Riigikantselei, lk 305
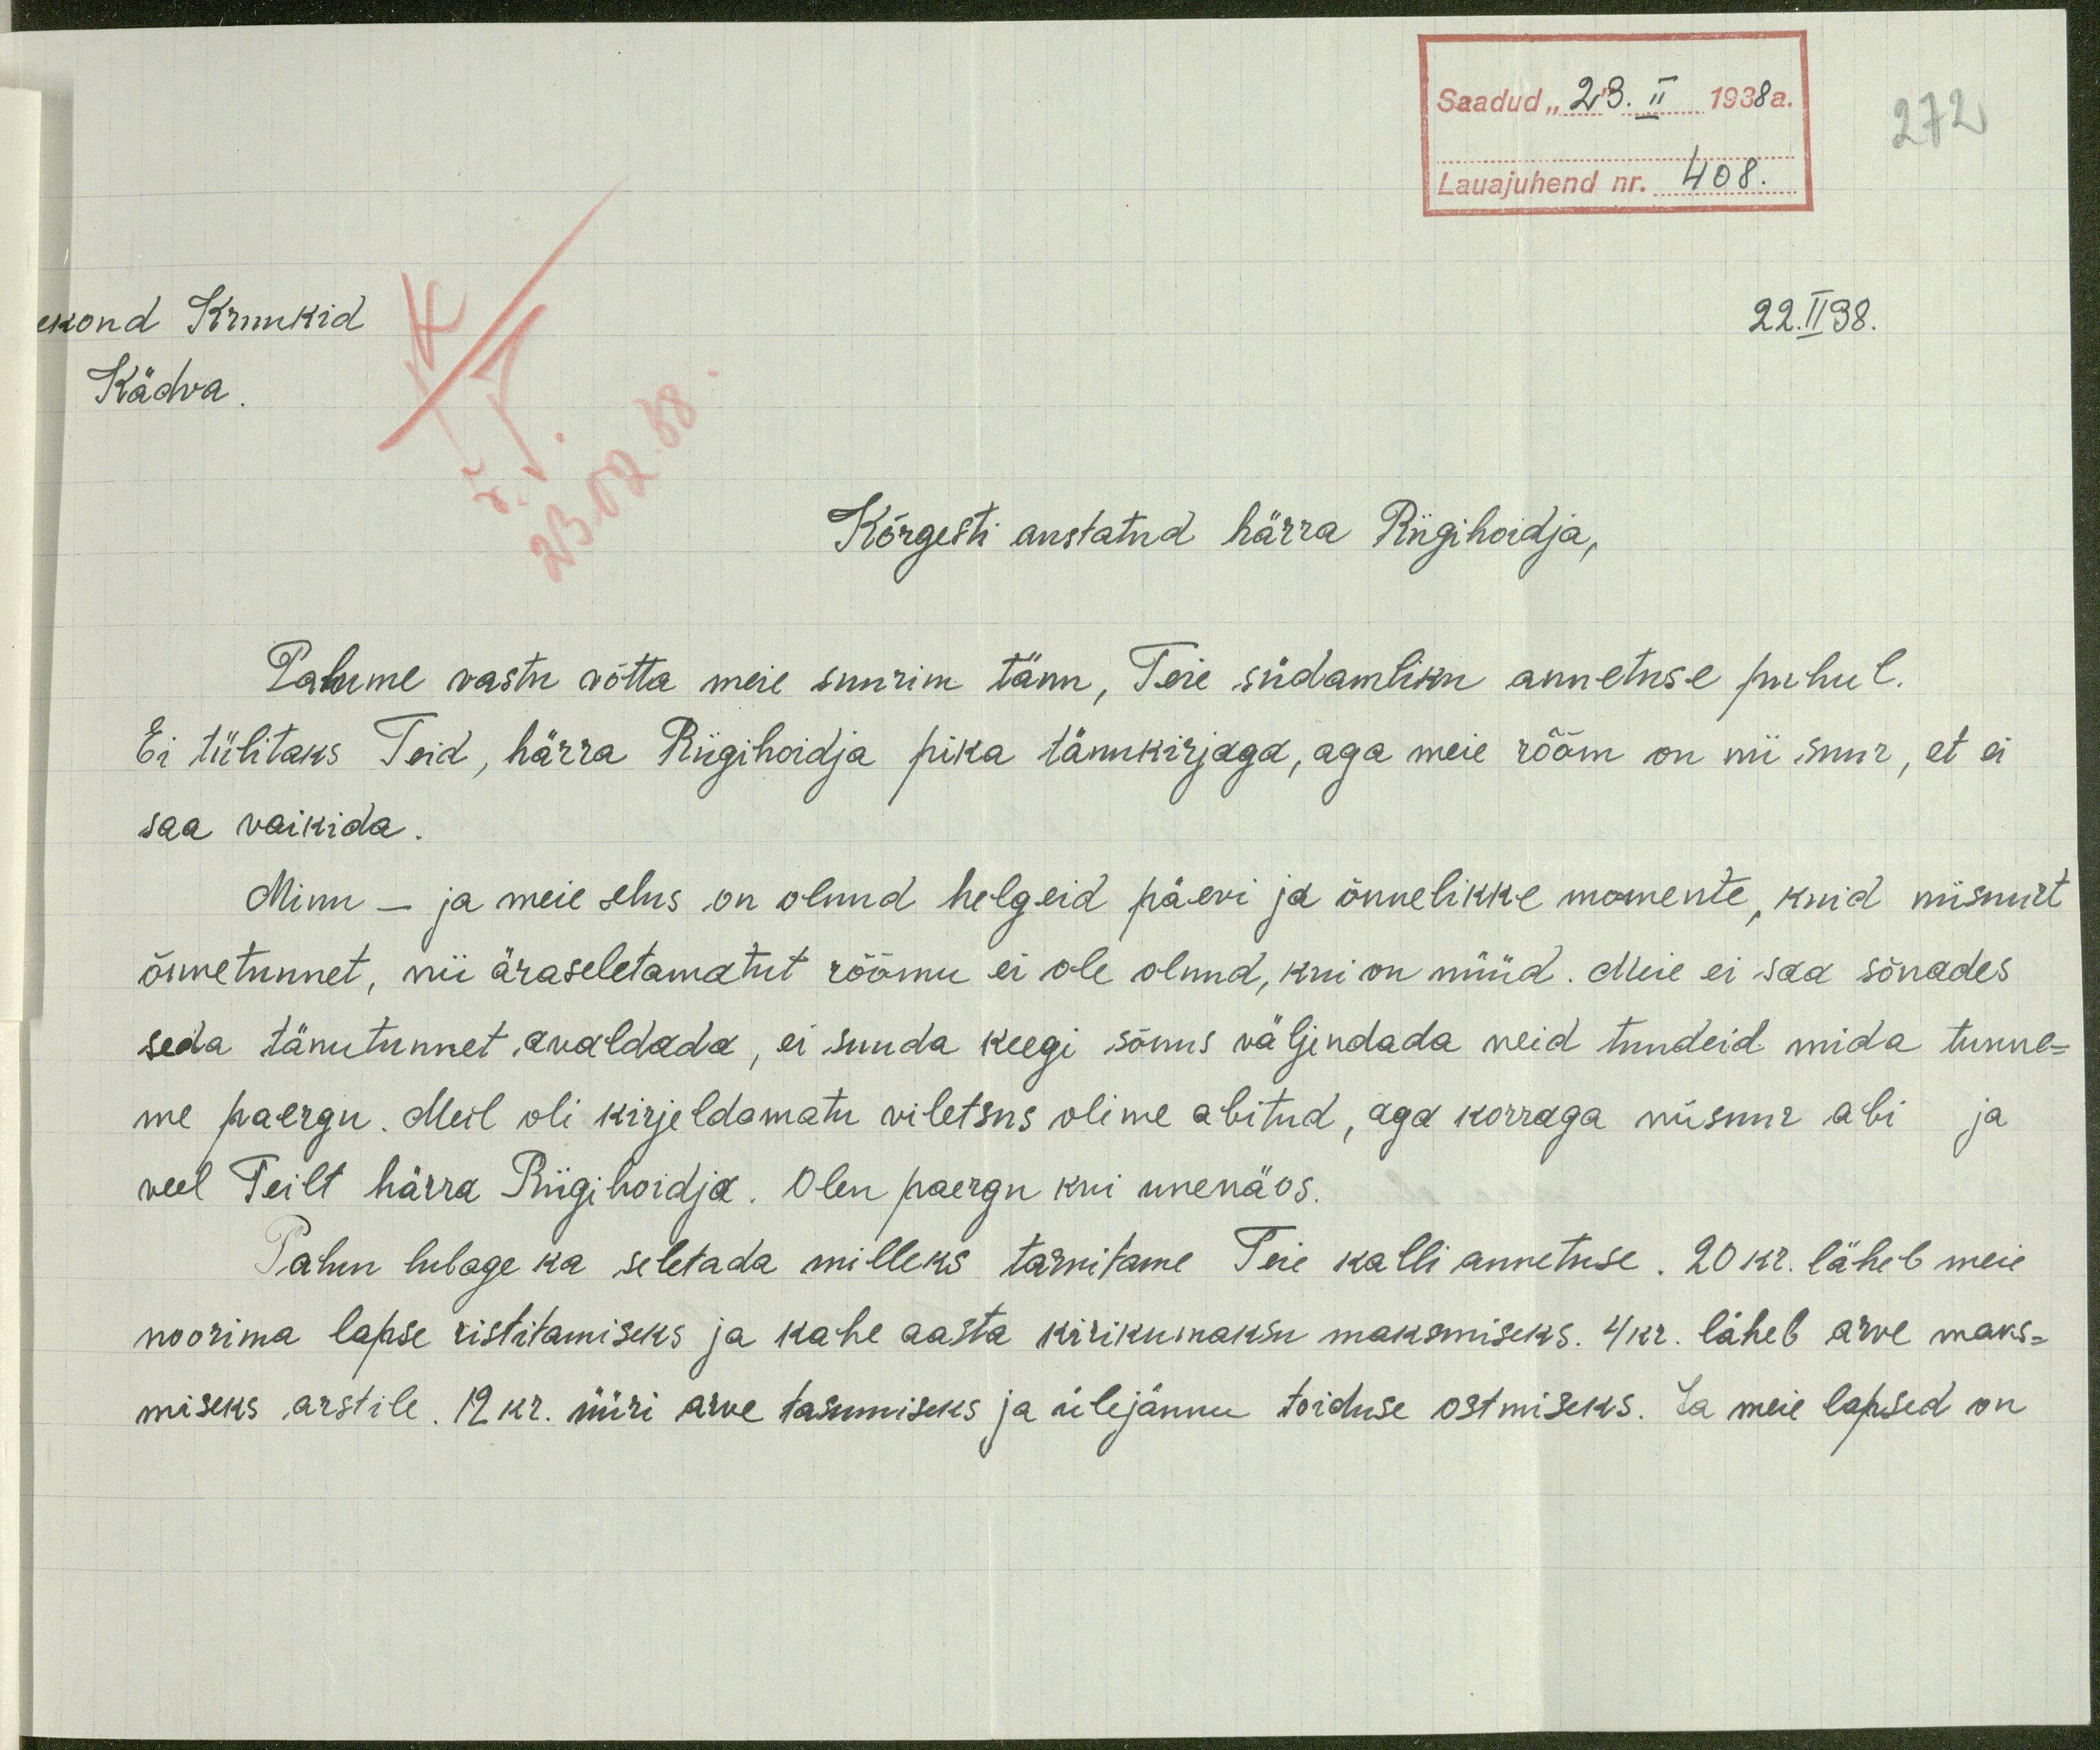
272
Saadud "23." II 1938 a.
Lauajuhend nr. 408.
ekond Kruukid
Kädva
22.II 38.
Kõrgesti austatud härra Riigihoidja,
Palume vastu wõtta meie suurim tänu, Teie südamliku annetuse puhul.
Ei tülitaks Teid, härra Riigihoidja pika tänukirjaga, aga meie rõõm on nii suur, et ei
saa vaikida.
Minu - ja meie elus on olnud helgeid päevi ja õnnelikke momente, kuid niisuurt
õnnetunnet, nii äraseletamatut rõõmu ei ole olnud, kui on nüüd. Meie ei saa sõnades
seda tänutunnet avaldada, ei suuda keegi sõnus väljendada neid tundeid mida tunne-
me paergu. Meil oli kirjeldamatu viletsus olime abitud, aga korraga niisuur abi ja
veel Teilt härra Riigihoidja. Olen paergu kui unenäos.
Palun lubage ka seletada milleks tarvitame Teie kalli annetuse. 20 kr. läheb meie
noorima lapse ristitamiseks ja kahe aasta kirikumaksu maksmiseks. 4kr. läheb arve maks-
miseks arstile. 12 kr. üüri arve tasumiseks ja ülejännu toiduse ostmiteks. Ja meie lapsed on